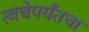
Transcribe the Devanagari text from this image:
त्वचेपर्यंतचा